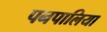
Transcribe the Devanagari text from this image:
पनपालिया